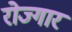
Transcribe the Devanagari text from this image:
रोज्गार